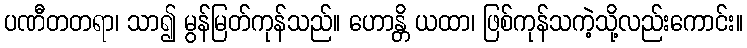
ပဏီတတရာ၊ သာ၍ မွန်မြတ်ကုန်သည်။ ဟောန္တိ ယထာ၊ ဖြစ်ကုန်သကဲ့သို့လည်းကောင်း။